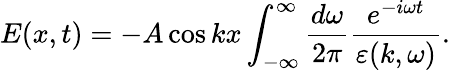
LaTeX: E(x,t)=-A\cos kx\int_{-\infty}^{\infty}\frac{d\omega}{2\pi}\frac{e^{-i\omega t}}{\varepsilon(k,\omega)}.